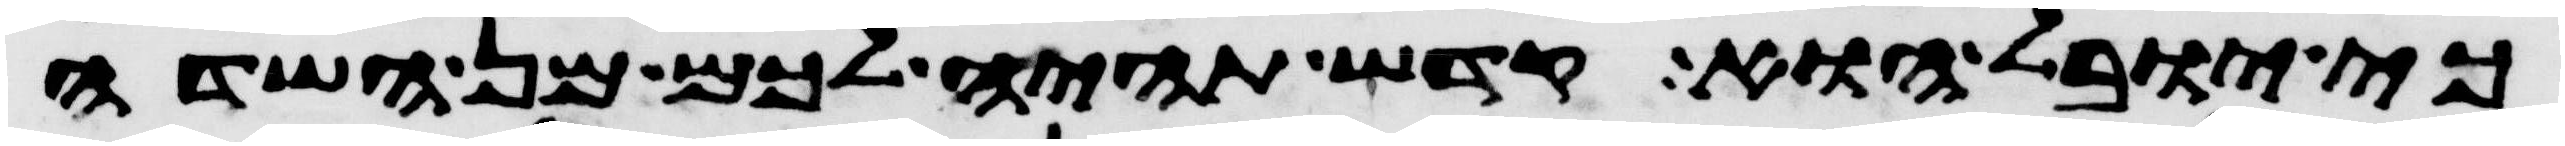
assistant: כי יובל הוא קדש תהיה לכם מן השדה